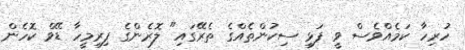
ހުރިހާ ކަމެއްވެސް ވީ ފަޅި ސިކުންތެއްގެ ތެރޭގައި" ލޮރެންގެ ފިރިމީހާ ޑޭވް ކޮހެން